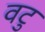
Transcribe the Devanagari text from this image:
वटु